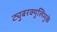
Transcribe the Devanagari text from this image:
ट्युबरक्युलिमुळे